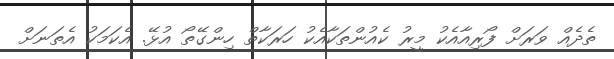
ތެދެއް ވަރަށް ފޯރިއާއެކު މީރު ކެއުންތަކާއެކު ހަރަކާތް ހިންގޭތޯ އުޅޭ. އެކަމަކު އެތަނަށް